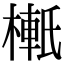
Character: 𬄉